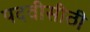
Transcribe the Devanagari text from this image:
पदवीसीठी